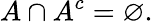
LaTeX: A\cap A^{c}=\varnothing.